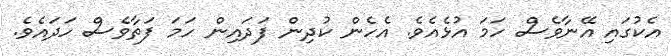
އެކުގައި އޭނާވެސް ހަމަ އުޅެއެވެ. އެހެން ކުދިން ފަދައިން ހަމަ ފަތާވެސް ހަދައެވެ.